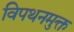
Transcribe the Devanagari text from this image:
विपथनमुक्त